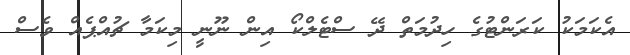
އެކަމަކު ކަރަންޓުގެ ހިދުމަތް ދޭ ސްޓެލްކޯ އިން ނޫނީ މިކަމާ ޗުއްޕެއް ވެސް